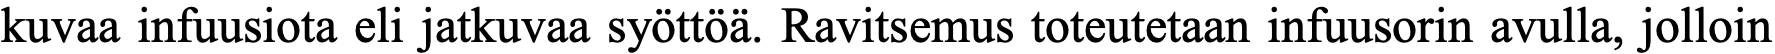
kuvaa infuusiota eli jatkuvaa syöttöä. Ravitsemus toteutetaan infuusorin avulla, jolloin